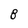
Character: 8